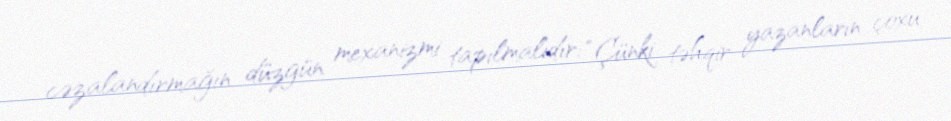
cəzalandırmağın düzgün mexanizmi tapılmalıdır: “Çünki təhqir yazanların çoxu